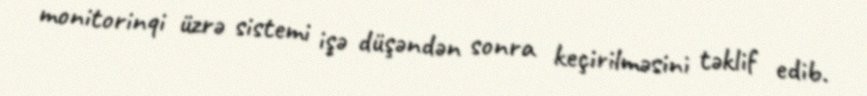
monitorinqi üzrə sistemi işə düşəndən sonra keçirilməsini təklif edib.